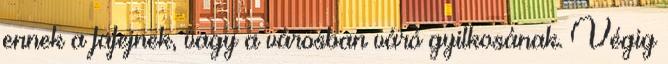
ennek a fafejnek, vagy a városban váró gyilkosának. Végig